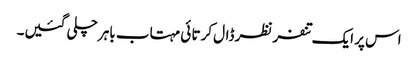
اس پر ایک تنفر نظر ڈال کرتا ئی مہتاب باہر چلی گئیں۔